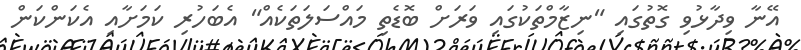
އޭނާ ވިދާޅުވި ގޮތުގައި "ނިޒާމްތަކުގައި ވަރަށް ބޮޑެތި މައްސަލަތަކެއް" އެބަހުރި ކަމަށާއި އެކަންކަން